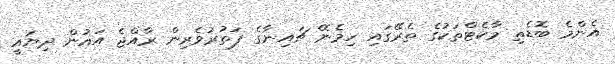
އެންމެ ބޮޑެތި މާކެޓްތަކުގެ ތެރޭގައި ހިމެނޭ ޗައިނާގެ ފަތުރުވެރިން ރާއްޖެ އައުން ދިޔައީ